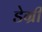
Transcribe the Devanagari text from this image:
डेग्री